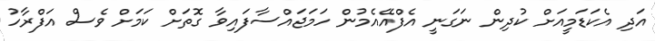
އަދި އެކަޑަމީއަށް ކުދިން ނަގަނީ އެފްއޭއެމުން ހަމަޖައްސާފައިވާ ގޮތަށް ކަމަށް ވެސް އަފްރާހު